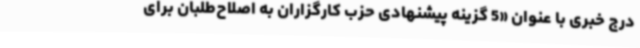
درج خبری با عنوان «5 گزینه پیشنهادی حزب کارگزاران به اصلاح‌طلبان برای